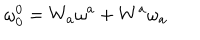
\mathbf { \omega } _ { 0 } ^ { 0 } = W _ { a } \mathbf { \omega } ^ { a } + W ^ { a } \mathbf { \omega } _ { a }